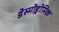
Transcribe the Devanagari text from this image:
डेस्मोड्रोमिक